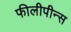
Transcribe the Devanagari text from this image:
फीलीपीन्स